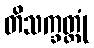
တိသက္ခတ္တုံ